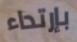
بإرتداء